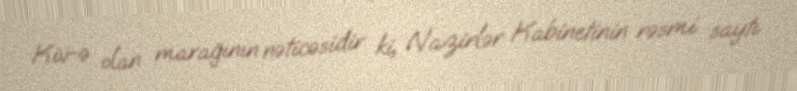
Kiv-ə olan marağının nəticəsidir ki, Nazirlər Kabinetinin rəsmi saytı